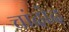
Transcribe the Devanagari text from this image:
चांदोद